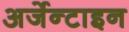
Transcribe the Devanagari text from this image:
अर्जेन्टाइन